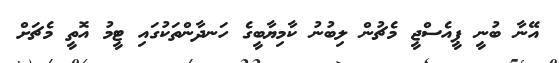
އޭނާ ބުނީ ޕީއެސްޖީ މެޗުން ލިބުނު ކާމިޔާބީގެ ހަނދާންތަކުގައި ޓީމު އޮތީ މެޗަށް